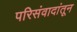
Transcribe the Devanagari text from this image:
परिसंवादांतून